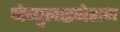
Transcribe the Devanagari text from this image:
नेब्युलाइजेशन